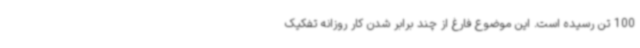
100 تن رسیده است. این موضوع فارغ از چند برابر شدن کار روزانه تفکیک